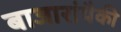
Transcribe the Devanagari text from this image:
बाजारांपैकी